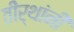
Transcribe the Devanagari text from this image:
तीर्थांनी